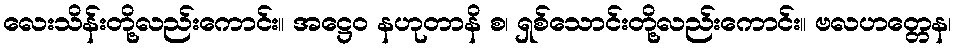
လေးသိန်းတို့လည်းကောင်း။ အဋ္ဌေဝ နဟုတာနိ စ၊ ရှစ်သောင်းတို့လည်းကောင်း။ ဗလဟတ္တေန၊